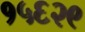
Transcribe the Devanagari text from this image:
१५६२९